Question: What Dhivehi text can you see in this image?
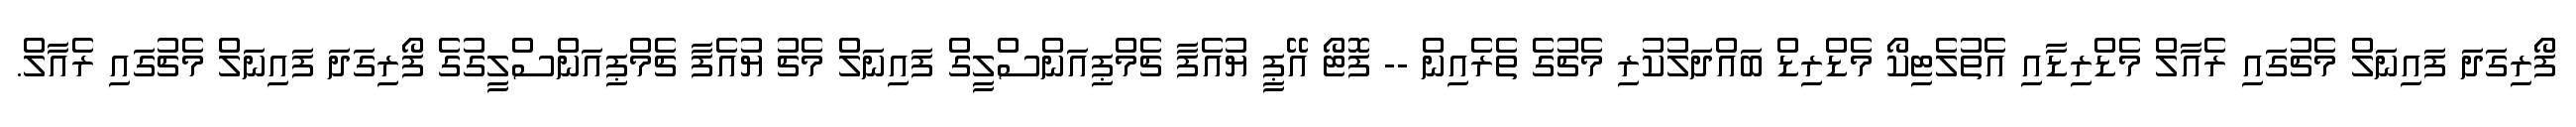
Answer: ފޯރިގަދަ ފައިނަލް މެޗުގައި ރެއާލް މެޑްރިޑާއި އެތުލެޓިކޯ މެޑްރިޑް ބައްދަލުކުރި މެޗުގެ ތެރެއިން -- ފޮޓޯ އޭޕީ ޔުއެފާ ޗެމްޕިއަންސްލީގް ފައިނަލް މެޗު ޔުއެފާ ޗެމްޕިއަންސްލީގުގެ ފޯރިގަދަ ފައިނަލް މެޗުގައި ރެއާލް.